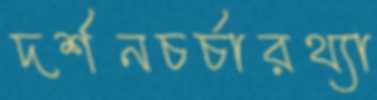
দর্শনচর্চারথ্যা